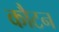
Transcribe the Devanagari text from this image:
कौटन